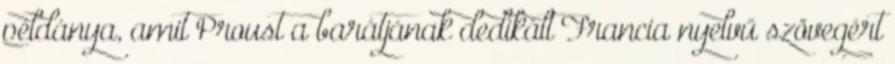
példánya, amit Proust a barátjának dedikált Francia nyelvű szövegért